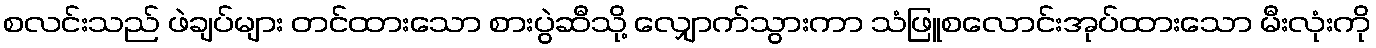
စလင်းသည် ဖဲချပ်များ တင်ထားသော စားပွဲဆီသို့ လျှောက်သွားကာ သံဖြူစလောင်းအုပ်ထားသော မီးလုံးကို